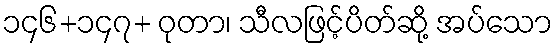
၁၄၆+၁၄၇+ ဝုတာ၊ သီလဖြင့်ပိတ်ဆို့ အပ်သော